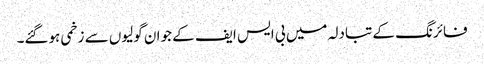
فائرنگ کے تبادلہ میں بی ایس ایف کے جوان گولیوں سے زخمی ہوگئے۔